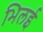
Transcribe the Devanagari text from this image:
भिलई